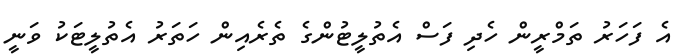
އެ ފަހަރު ތަމްރީން ހެދި ފަސް އެތުލީޓުންގެ ތެރެއިން ހަތަރު އެތުލީޓަކު ވަނީ